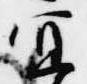
宜